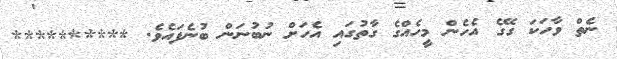
ނެތް ވާހަކަ ގޭގެ އެހެން މީހެއްގެ ގާތުގައި އެހަށް ނުބުނަން ބުނެފައެވެ. **********